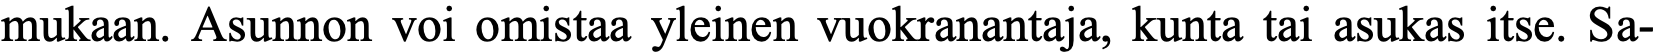
mukaan. Asunnon voi omistaa yleinen vuokranantaja, kunta tai asukas itse. Sa-